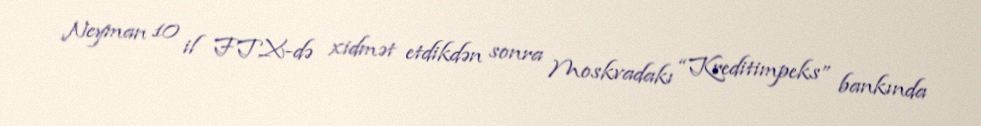
Neyman 10 il FTX-də xidmət etdikdən sonra Moskvadakı “Kreditimpeks” bankında